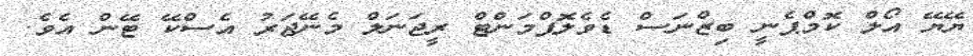
ޔޭޔޭ އޯލް ކޮމްޕެނީ ބިޒްނަސް ޑެވެލޮޕްމަންޓް ރީޖަނަލް މެނޭޖަރު އެސްކޭ ޓޭން އެވެ.